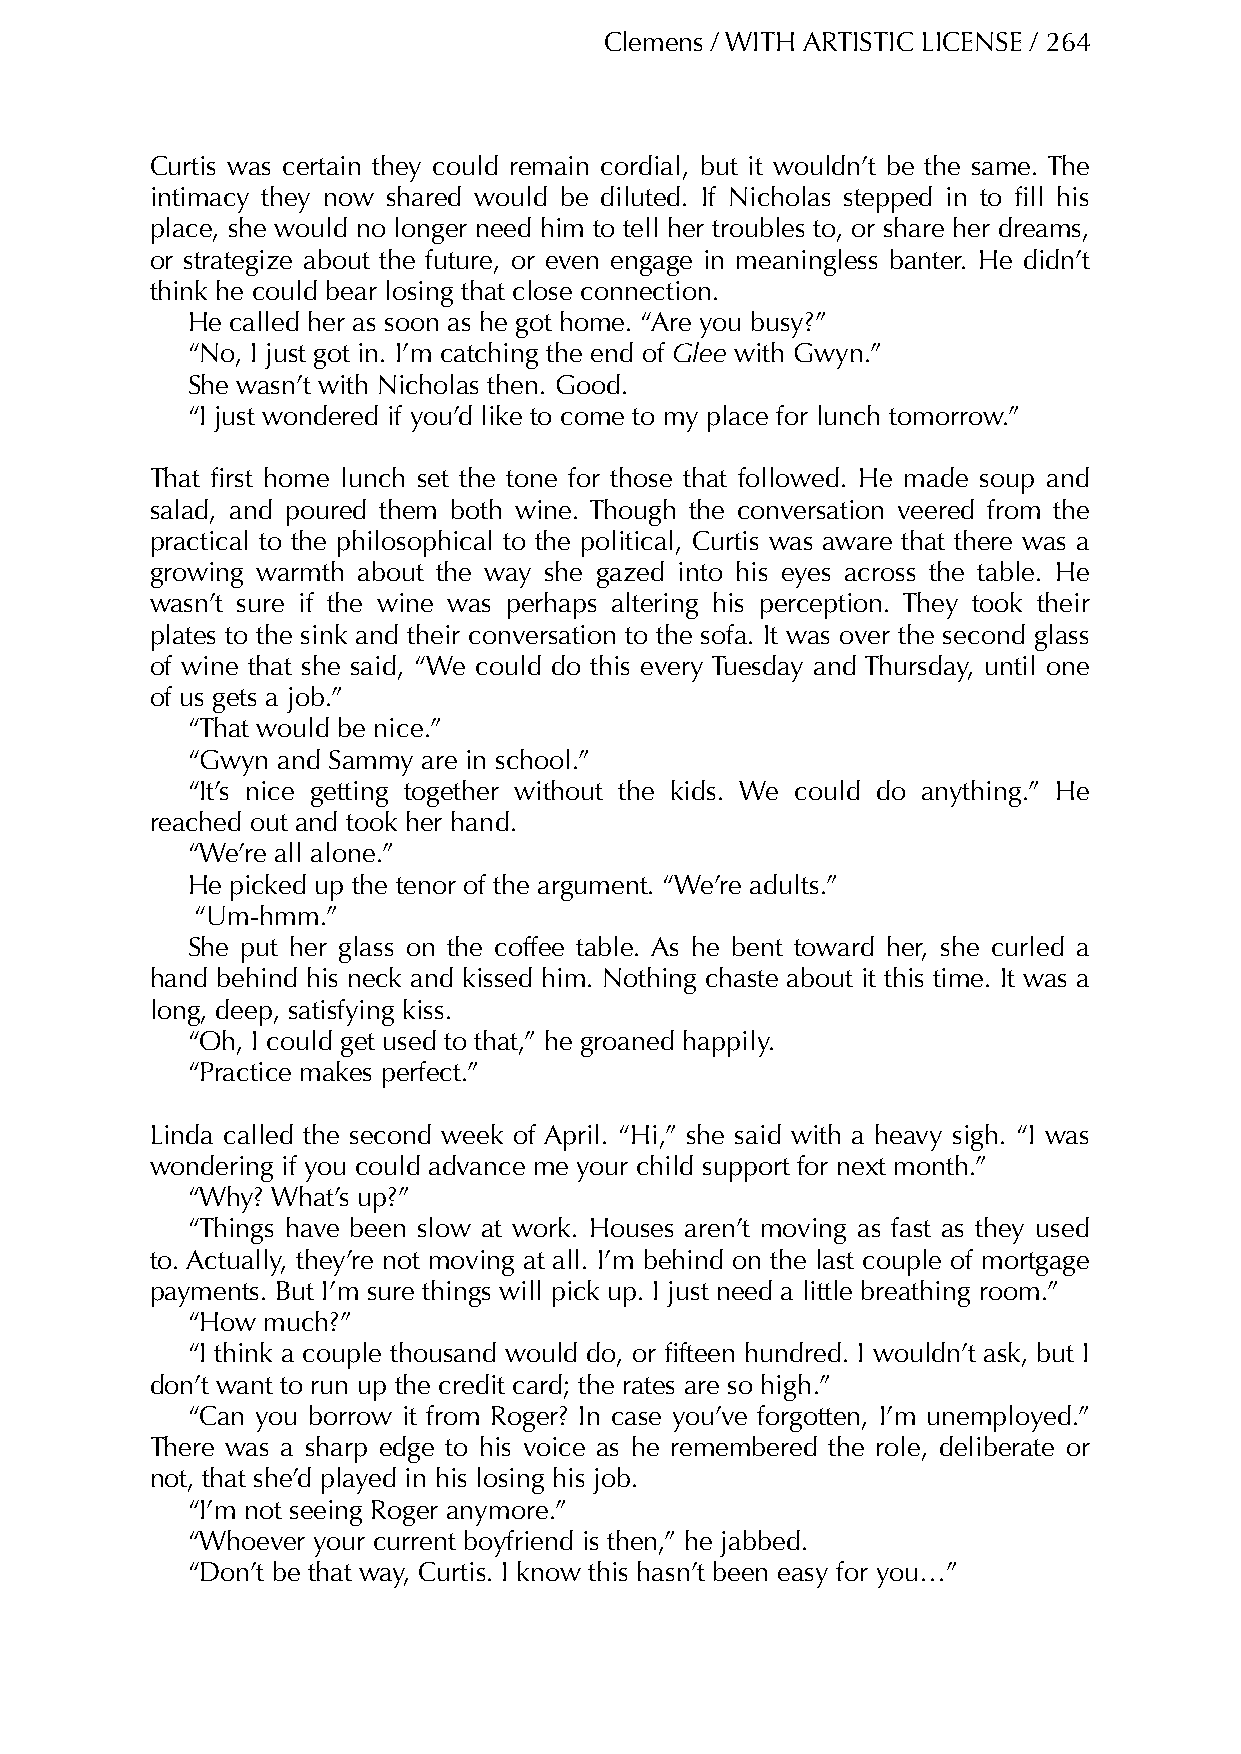
Clemens / WITH ARTISTIC LICENSE / 264
 Curtis was certain they could remain cordial, but it wouldn’t be the same. The
 intimacy they now shared would be diluted. If Nicholas stepped in to fill his
 place, she would no longer need him to tell her troubles to, or share her dreams,
 or strategize about the future, or even engage in meaningless banter. He didn’t
 think he could bear losing that close connection.
 He called her as soon as he got home. “Are you busy?”
 “No, I just got in. I’m catching the end of Glee with Gwyn.”
 She wasn’t with Nicholas then. Good.
 “I just wondered if you’d like to come to my place for lunch tomorrow.”
 That first home lunch set the tone for those that followed. He made soup and
 salad, and poured them both wine. Though the conversation veered from the
 practical to the philosophical to the political, Curtis was aware that there was a
 growing warmth about the way she gazed into his eyes across the table. He
 wasn’t sure if the wine was perhaps altering his perception. They took their
 plates to the sink and their conversation to the sofa. It was over the second glass
 of wine that she said, “We could do this every Tuesday and Thursday, until one
 of us gets a job.”
 “That would be nice.”
 “Gwyn and Sammy are in school.”
 “It’s nice getting together without the kids. We could do anything.” He
 reached out and took her hand.
 “We’re all alone.”
 He picked up the tenor of the argument. “We’re adults.”
 “Um-hmm.”
 She put her glass on the coffee table. As he bent toward her, she curled a
 hand behind his neck and kissed him. Nothing chaste about it this time. It was a
 long, deep, satisfying kiss.
 “Oh, I could get used to that,” he groaned happily.
 “Practice makes perfect.”
 Linda called the second week of April. “Hi,” she said with a heavy sigh. “I was
 wondering if you could advance me your child support for next month.”
 “Why? What’s up?”
 “Things have been slow at work. Houses aren’t moving as fast as they used
 to. Actually, they’re not moving at all. I’m behind on the last couple of mortgage
 payments. But I’m sure things will pick up. I just need a little breathing room.”
 “How much?”
 “I think a couple thousand would do, or fifteen hundred. I wouldn’t ask, but I
 don’t want to run up the credit card; the rates are so high.”
 “Can you borrow it from Roger? In case you’ve forgotten, I’m unemployed.”
 There was a sharp edge to his voice as he remembered the role, deliberate or
 not, that she’d played in his losing his job.
 “I’m not seeing Roger anymore.”
 “Whoever your current boyfriend is then,” he jabbed.
 “Don’t be that way, Curtis. I know this hasn’t been easy for you…”